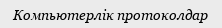
Компьютерлік протоколдар